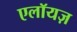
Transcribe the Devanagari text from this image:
एलॉयज़